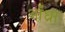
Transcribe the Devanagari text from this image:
आँध्रा